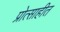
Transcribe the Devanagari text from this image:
प्रोत्साहीत